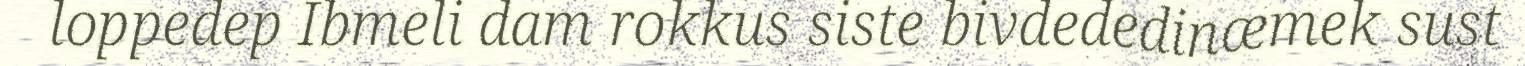
loppedep Ibmeli dam rokkus siste bivdededinæmek sust